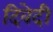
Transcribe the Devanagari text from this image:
दिवेदी